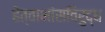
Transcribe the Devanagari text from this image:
हेत्वाभांसविरुद्ध